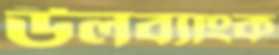
উলব্যাংক